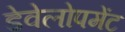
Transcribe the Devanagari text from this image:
डेवेलोपमेंट